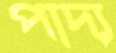
পাদ্য